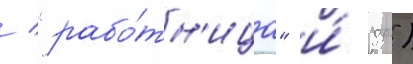
/ "рабо́тн'ица" и́ др.)